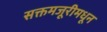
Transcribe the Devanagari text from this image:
सक्तमजूरीमधून